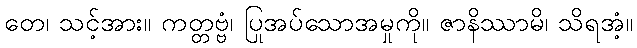
တေ၊ သင့်အား။ ကတ္တဗ္ဗံ၊ ပြုအပ်သောအမှုကို။ ဇာနိဿာမိ၊ သိရအံ့။